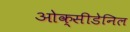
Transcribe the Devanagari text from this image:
ओक्सीडेनिल